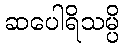
ဆပေါရိသမ္ပိ